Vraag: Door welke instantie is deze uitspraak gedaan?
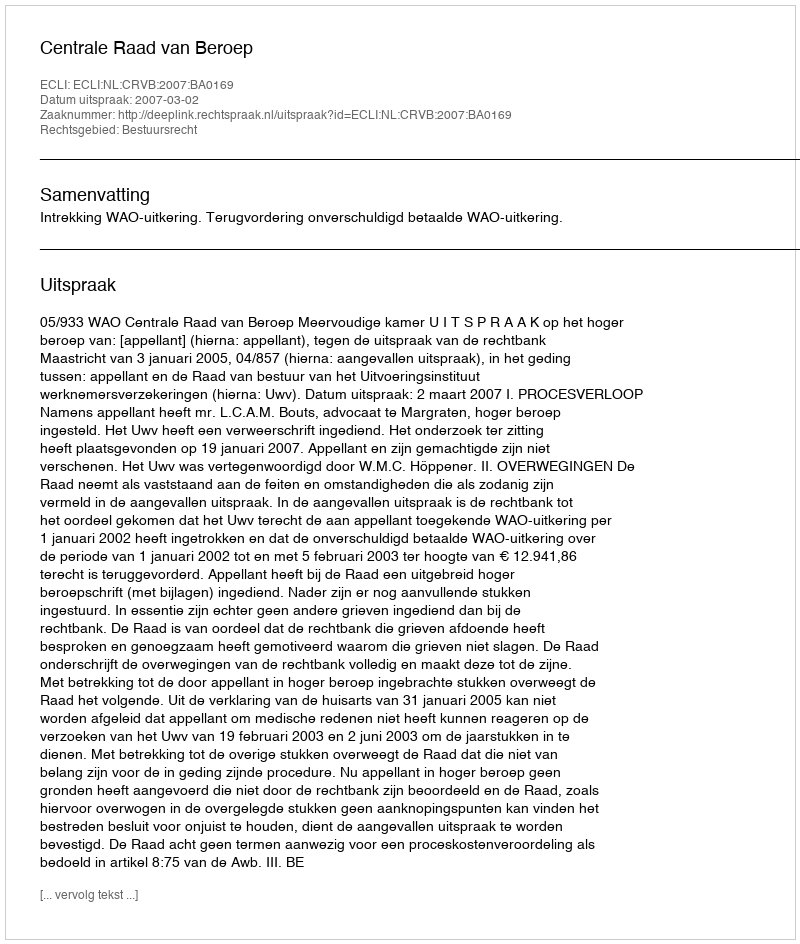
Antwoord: Centrale Raad van Beroep